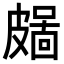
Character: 𥀜